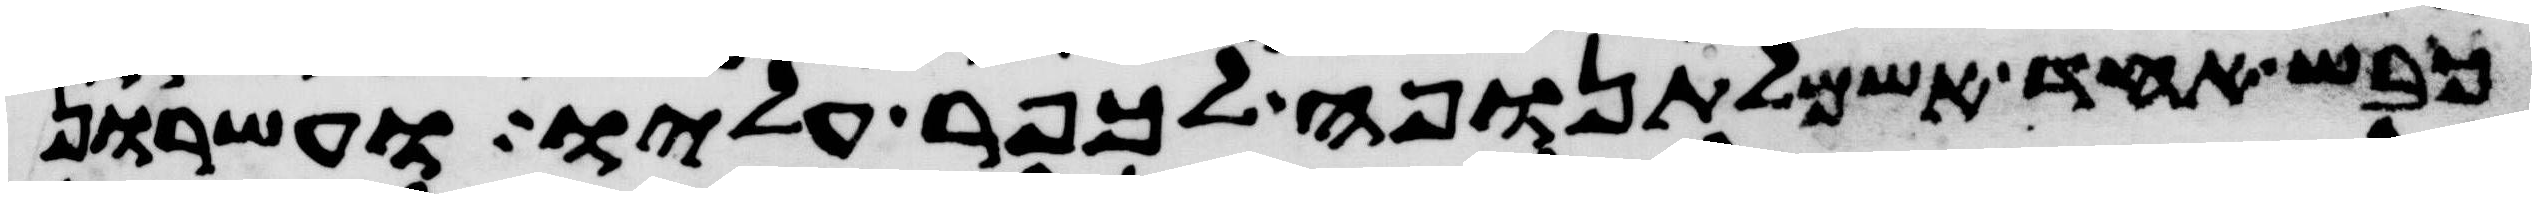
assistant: כבש אחד אשם לתנופה לכפר עליו ועשרון